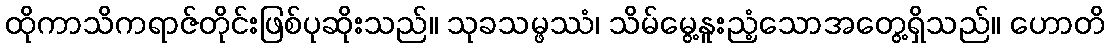
ထိုကာသိကရာဇ်တိုင်းဖြစ်ပုဆိုးသည်။ သုခသမ္ဖဿံ၊ သိမ်မွေ့နူးညံ့သောအတွေ့ရှိသည်။ ဟောတိ